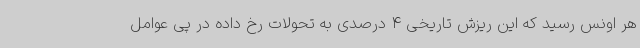
هر اونس رسید که این ریزش تاریخی 4 درصدی به تحولات رخ داده در پی عوامل